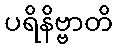
ပရိနိဗ္ဗာတိ